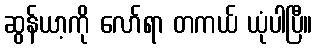
ဆွန်ယာ့ကို လော်ရာ တကယ် ယုံပါပြီ။